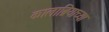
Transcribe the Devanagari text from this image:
कालाब्रियाच्या